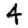
Digit: 4